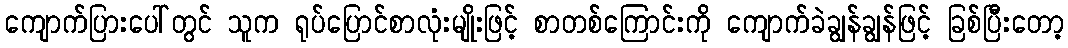
ကျောက်ပြားပေါ်တွင် သူက ရုပ်ပြောင်စာလုံးမျိုးဖြင့် စာတစ်ကြောင်းကို ကျောက်ခဲချွန်ချွန်ဖြင့် ခြစ်ပြီးတော့